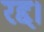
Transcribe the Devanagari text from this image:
रद्द।